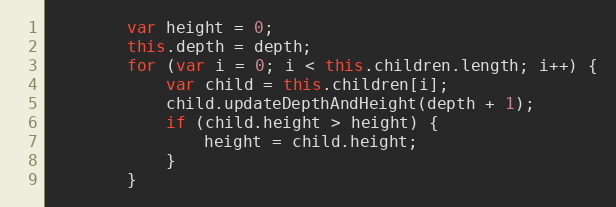
Language: JavaScript
        var height = 0;
        this.depth = depth;
        for (var i = 0; i < this.children.length; i++) {
            var child = this.children[i];
            child.updateDepthAndHeight(depth + 1);
            if (child.height > height) {
                height = child.height;
            }
        }